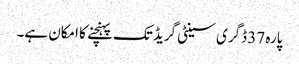
پارہ 37 ڈگری سینٹی گریڈ تک پہنچنے کا امکان ہے۔